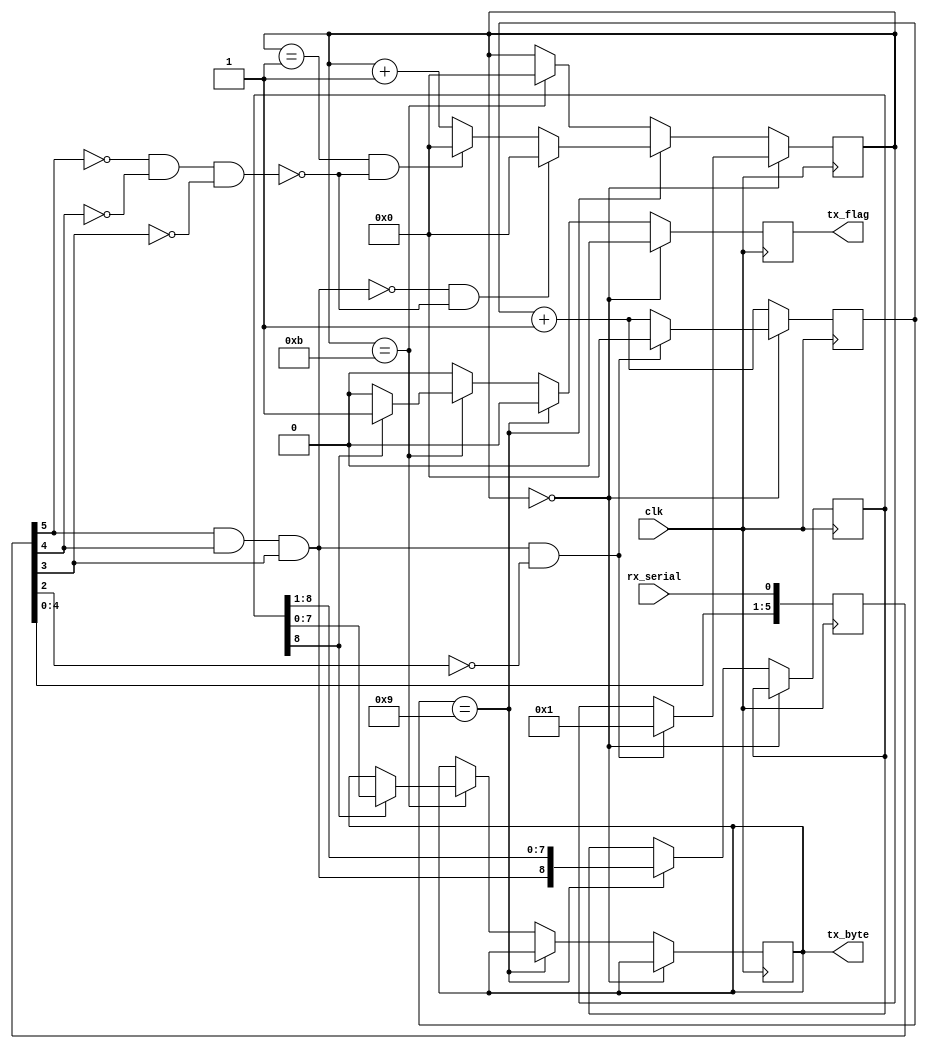
module uart_rx (
	input clk,
	input rx_serial,
	output reg tx_flag = 1'b0,
	output reg [7:0] tx_byte = 8'd0
);

	//
	reg [5:0] serial = 6'b1111_11;
	reg [3:0] counter = 4'd0;
	reg [3:0] state = 4'd0;
	reg [8:0] partial_byte = 9'd0;

	// Detectors
	wire start_detect = serial[5] & serial[4] & serial[3] & ~serial[2];
	wire one_detect = serial[5] & serial[4] & serial[3];
	wire zero_detect = ~serial[5] & ~serial[4] & ~serial[3];

	//
	always @ (posedge clk)
	begin
		// Meta-stability protection and history
		serial <= {serial[4:0], rx_serial};

		// What fraction of bit time are we at
		counter <= counter + 4'd1;

		if (tx_flag)
			tx_flag <= 1'b0;

		// Finite-State-Machine
		if (state == 4'd0)
		begin
			if (start_detect)
			begin
				state <= 4'd1;
				counter <= 4'd0;
			end
		end
		else if (counter == 4'd9)
		begin
			state <= state + 4'd1;
			partial_byte <= {one_detect, partial_byte[8:1]};

			// Noise error! Reset!
			if (~one_detect & ~zero_detect)
				state <= 4'd0;
			else if ((state == 4'd1) & ~zero_detect)	// Start bit error
				state <= 4'd0;
		end
		else if (state == 4'd11)
		begin
			state <= 4'd0;
			
			// Stop bit correctly received?
			if (partial_byte[8])
			begin
				tx_flag <= 1'b1;
				tx_byte <= partial_byte[7:0];
			end
		end
	end

endmodule